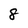
Character: 8